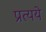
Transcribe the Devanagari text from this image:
प्रत्यये